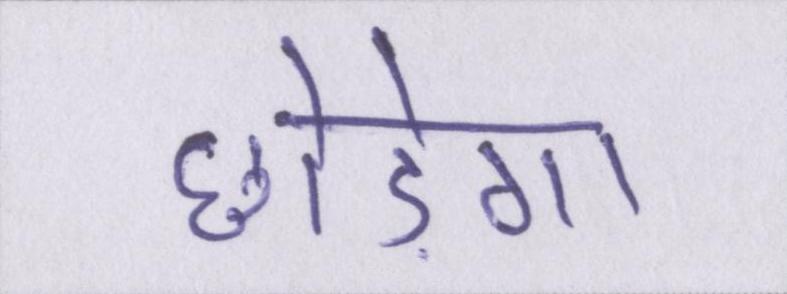
छोड़ेगा